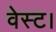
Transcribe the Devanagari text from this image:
वेस्ट।